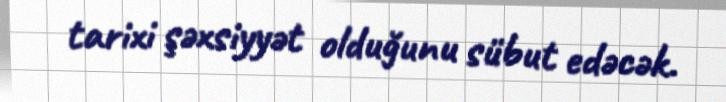
tarixi şəxsiyyət olduğunu sübut edəcək.